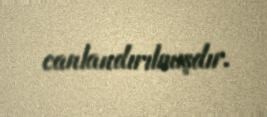
canlandırılmışdır.